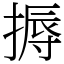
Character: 搙